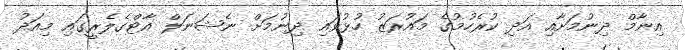
އިނާމް ދިނުމަށާއި އަދި ކުރެހުމުގެ މައުރަޒު ހުޅުވައި ދިނުމަށް ނެޝަނަލް އާޓްގެލެރީގައި މިއަދު